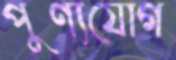
পুণ্যযোগ